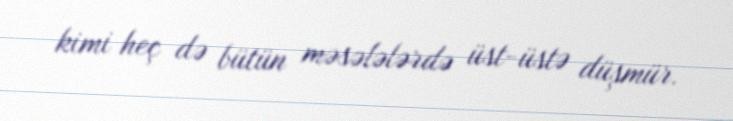
kimi heç də bütün məsələlərdə üst-üstə düşmür.